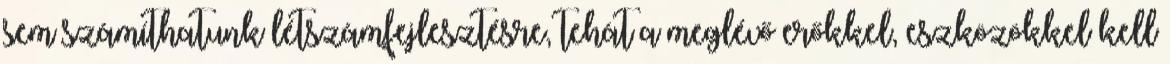
sem számíthatunk létszámfejlesztésre, tehát a meglévő erőkkel, eszközökkel kell